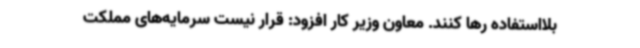
بلااستفاده رها کنند. معاون وزیر کار افزود: قرار نیست سرمایه‌های مملکت